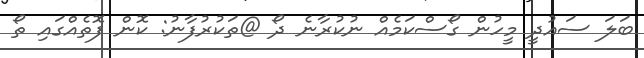
ބަލަ ސައުދީ މީހުން ގޯސްކަމެއް ނުކުރާނެ ދޯ @ތަކުރުފާނު: ކޮން ފޮތެއްގައި ތޯ